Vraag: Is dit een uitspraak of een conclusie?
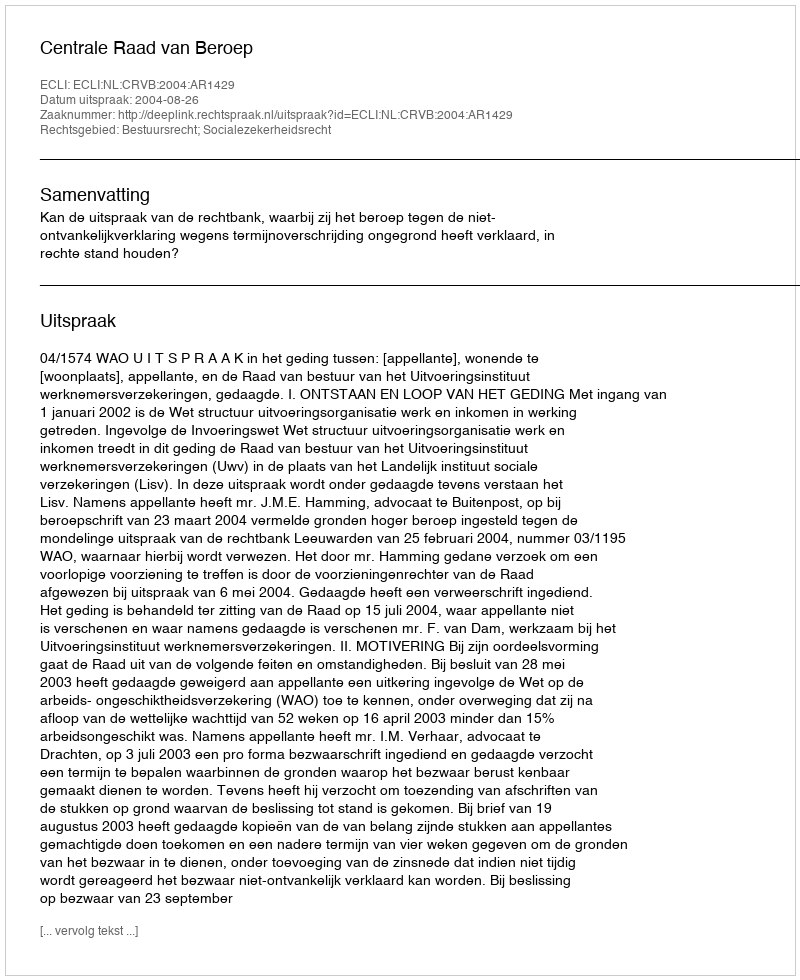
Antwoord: Uitspraak